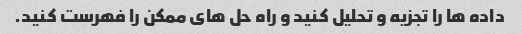
داده ها را تجزیه و تحلیل کنید و راه حل های ممکن را فهرست کنید.